Civil Veterinary Dept. Assam report 1911-1927 - 1911-1927
Year: 1911
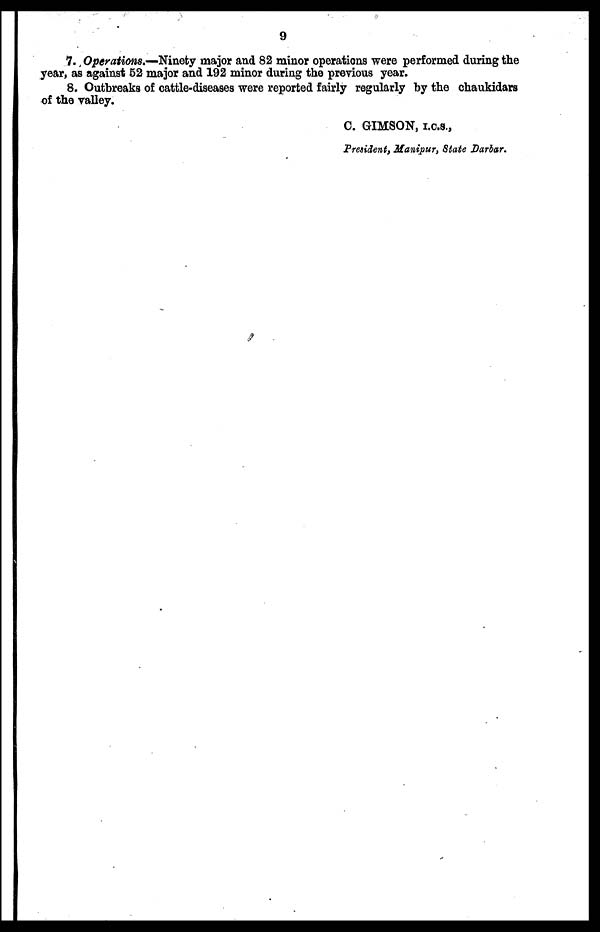
9
7. Operations.—Ninety major and 82 minor operations were performed during the
year, as against 52 major and 192 minor during the previous year.
8. Outbreaks of cattle-diseases were reported fairly regularly by the chaukidars
of the valley.
C. GIMSON, I.C.S.,
President, Manipur, State Darbar.